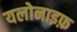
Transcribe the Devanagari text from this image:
यलोनाइफ़